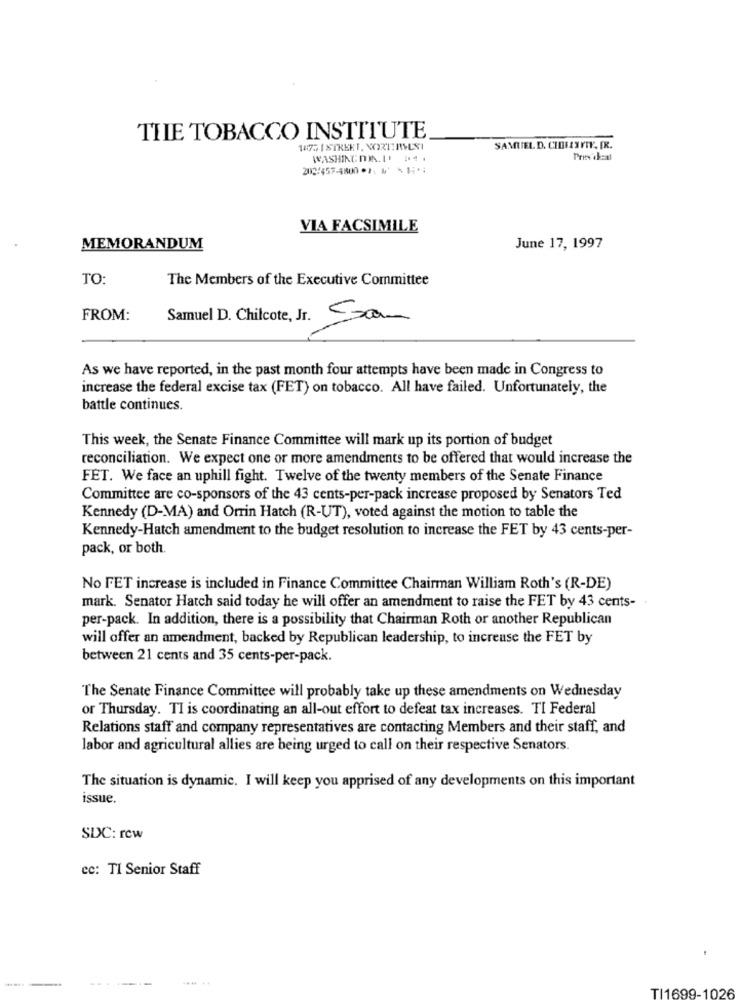
THE TOBACCO INSTITUTE
1875 1 STREET, WXT:MUSI
SAMUEL D. CHIEFTY, [R.
WASHINGONN. I .4.
Pres deal
VIA FACSIMILE
MEMORANDUM
June 17, 1997
TO:
The Members of the Executive Committee
FROM:
Samuel D. Chilcote, Jr. Som
As we have reported, in the past month four attempts have been made in Congress to
increase the federal excise tax (FET) on tobacco. All have failed. Unfortunately, the
battle continues.
This week, the Senate Finance Committee will mark up its portion of budget
reconciliation. We expect one or more amendments to be offered that would increase the
FET. We face an uphill fight. Twelve of the twenty members of the Senate Finance
Committee are co-sponsors of the 43 cents-per-pack increase proposed by Senators Ted
Kennedy (D-MA) and Orrin Hatch (R-UT), voted against the motion to table the
Kennedy-Hatch amendment to the budget resolution to increase the FET by 43 cents-per-
pack, or both.
No FET increase is included in Finance Committee Chairman William Roth's (R-DE)
mark. Senator Hatch said today he will offer an amendment to raise the FET by 43 cents-
per-pack. In addition, there is a possibility that Chairman Roth or another Republican
will offer an amendment, backed by Republican leadership, to increase the FET by
between 21 cents and 35 cents-per-pack.
The Senate Finance Committee will probably take up these amendments on Wednesday
or Thursday. TI is coordinating an all-out effort to defeat tax increases. TI Federal
Relations staff and company representatives are contacting Members and their staff, and
labor and agricultural allies are being urged to call on their respective Senators.
The situation is dynamic. I will keep you apprised of any developments on this important
issue.
SDC: rcw
ec: TI Senior Staff
.... ..
TI1699-1026